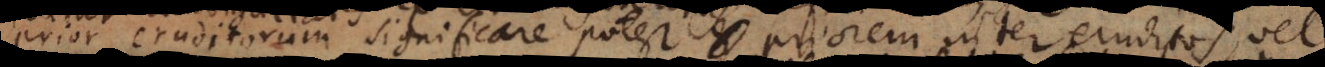
prior eruditorum significare potest priorem inter eruditos, vel